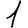
Digit: 1